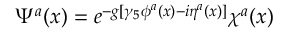
\Psi ^ { a } ( x ) = e ^ { - g [ \gamma _ { 5 } \phi ^ { a } ( x ) - i \eta ^ { a } ( x ) ] } \chi ^ { a } ( x )